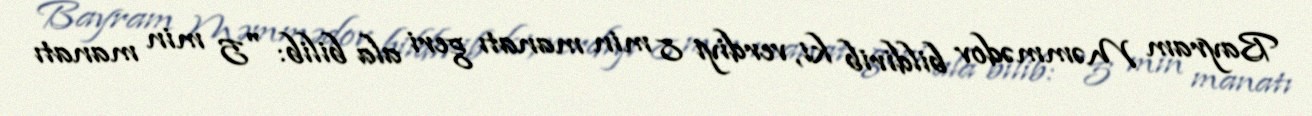
Bayram Məmmədov bildirib ki, verdiyi 8 min manatı geri ala bilib: "5 min manatı